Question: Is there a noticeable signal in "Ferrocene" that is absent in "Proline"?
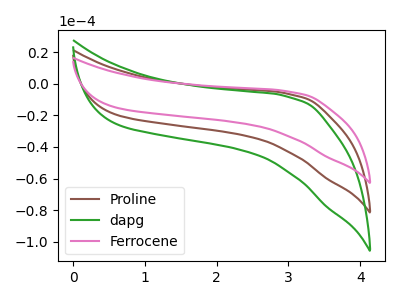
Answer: <think>The brown curve "Proline" has no peaks. The green curve "dapg" has no peaks. The pink curve "Ferrocene" has no peaks.
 Neither "Ferrocene" or "Proline" have any peaks.</think>
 <answer>No, "Ferrocene" and "Proline" don't appear to be significantly different in shape</answer>
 <eval>no_change</eval>